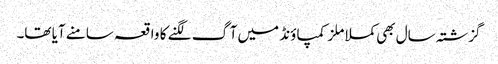
گزشتہ سال بھی کملا ملز کمپاؤنڈ میں آگ لگنے کا واقعہ سامنے آیا تھا۔